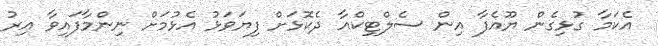
އެކަމާ ގުޅިގެން ޔޫއެފާ އިން ސެލްޓިކްއާ ދެކޮޅަށް ފިޔަވަޅު އެޅުމަށް ނިންމާފައިވާ އިރު